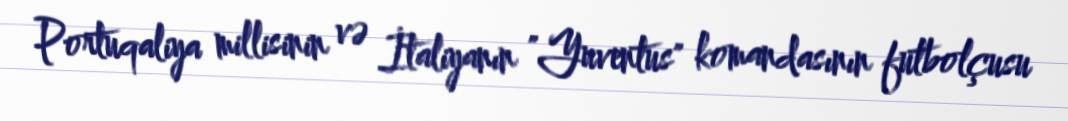
Portuqaliya millisinin və İtaliyanın "Yuventus" komandasının futbolçusu